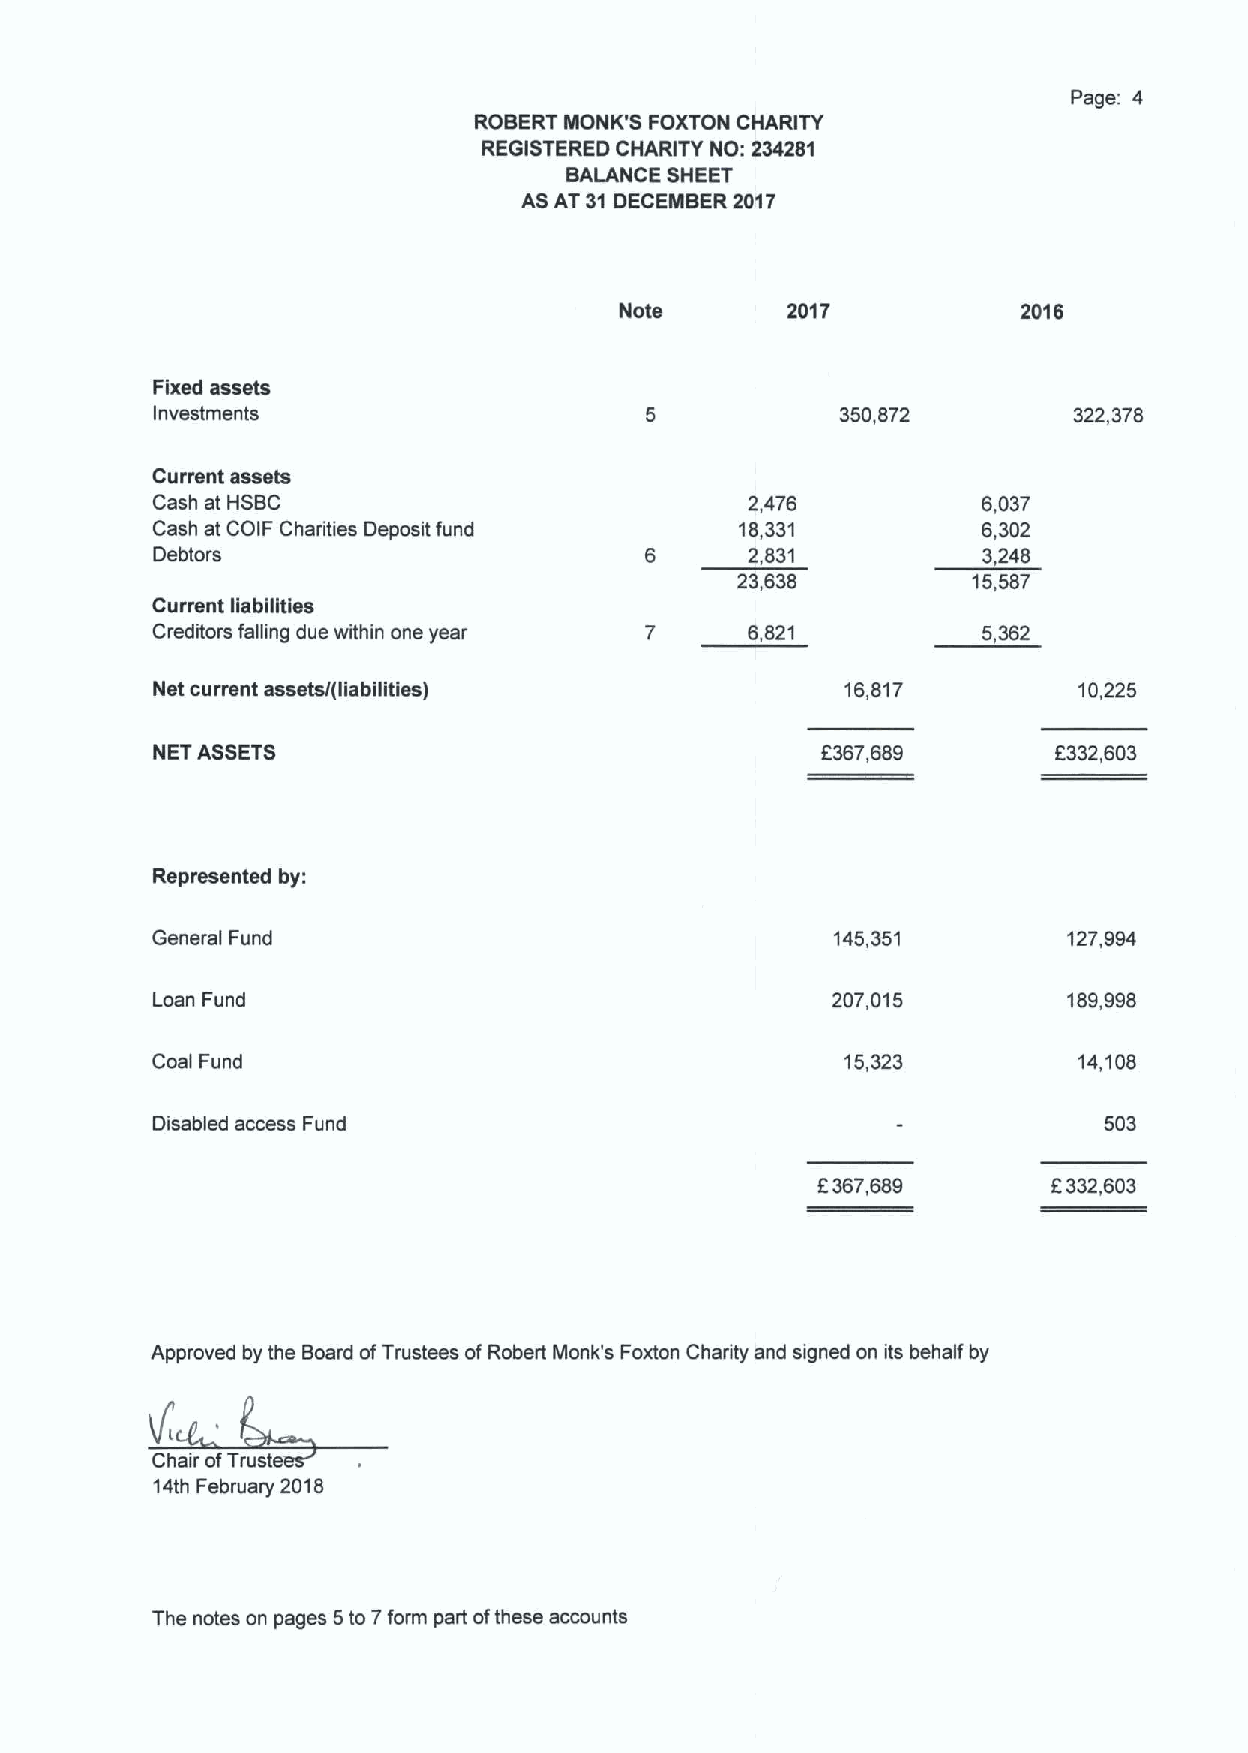
Page: 4
 ROBERT MONK'S FOXTON CHARITY
 REGISTERED CHARITY NO: 234281
 BALANCE SHEET
 AS AT 31DECEMBER 2017
 Note       2017            2016
 Fixed assets
 Investments                                   350,872        322,378
 Current assets
 Cash at HSBC                            2,476          6,037
 Cash at COIF Charities Deposit fund    18,331          6,302
 Debtors                          6      2,831          3,248
 23,638         15,587
 Current liabilities
 Creditors falling due within one year 7 6,821          5,362
 Net current assets/(liabilities)              16,817         10,225
 NET ASSETS                                  6367,689        6332,603
 Represented by:
 General Fund                                 145,351         127,994
 Loan Fund                                    207,015         189,998
 Coal Fund                                     15,323         14,108
 Disabled access Fund                                           503
 6367,689        6332,603
 Approved by the Board ofTrustees ofRobert Monk's Foxton Charity and signed on its behalf by
 Chair ofTrust
 14th February 2018
 The notes on pages 5to 7form part ofthese accounts